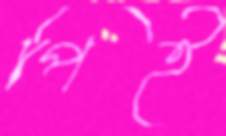
পিই